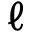
\ell